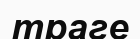
траге